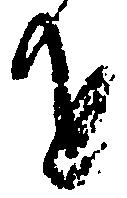
を